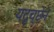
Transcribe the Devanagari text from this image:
यदृच्छेने